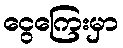
ငွေကြေးမှာ